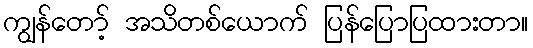
ကျွန်တော့် အသိတစ်ယောက် ပြန်ပြောပြထားတာ။